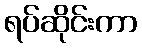
ရပ်ဆိုင်းကာ